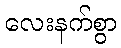
လေးနက်စွာ